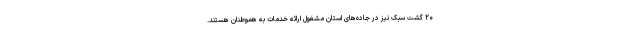
۲۰ گشت سبک نیز در جاده‌های استان مشغول ارائه خدمات به هموطنان هستند.